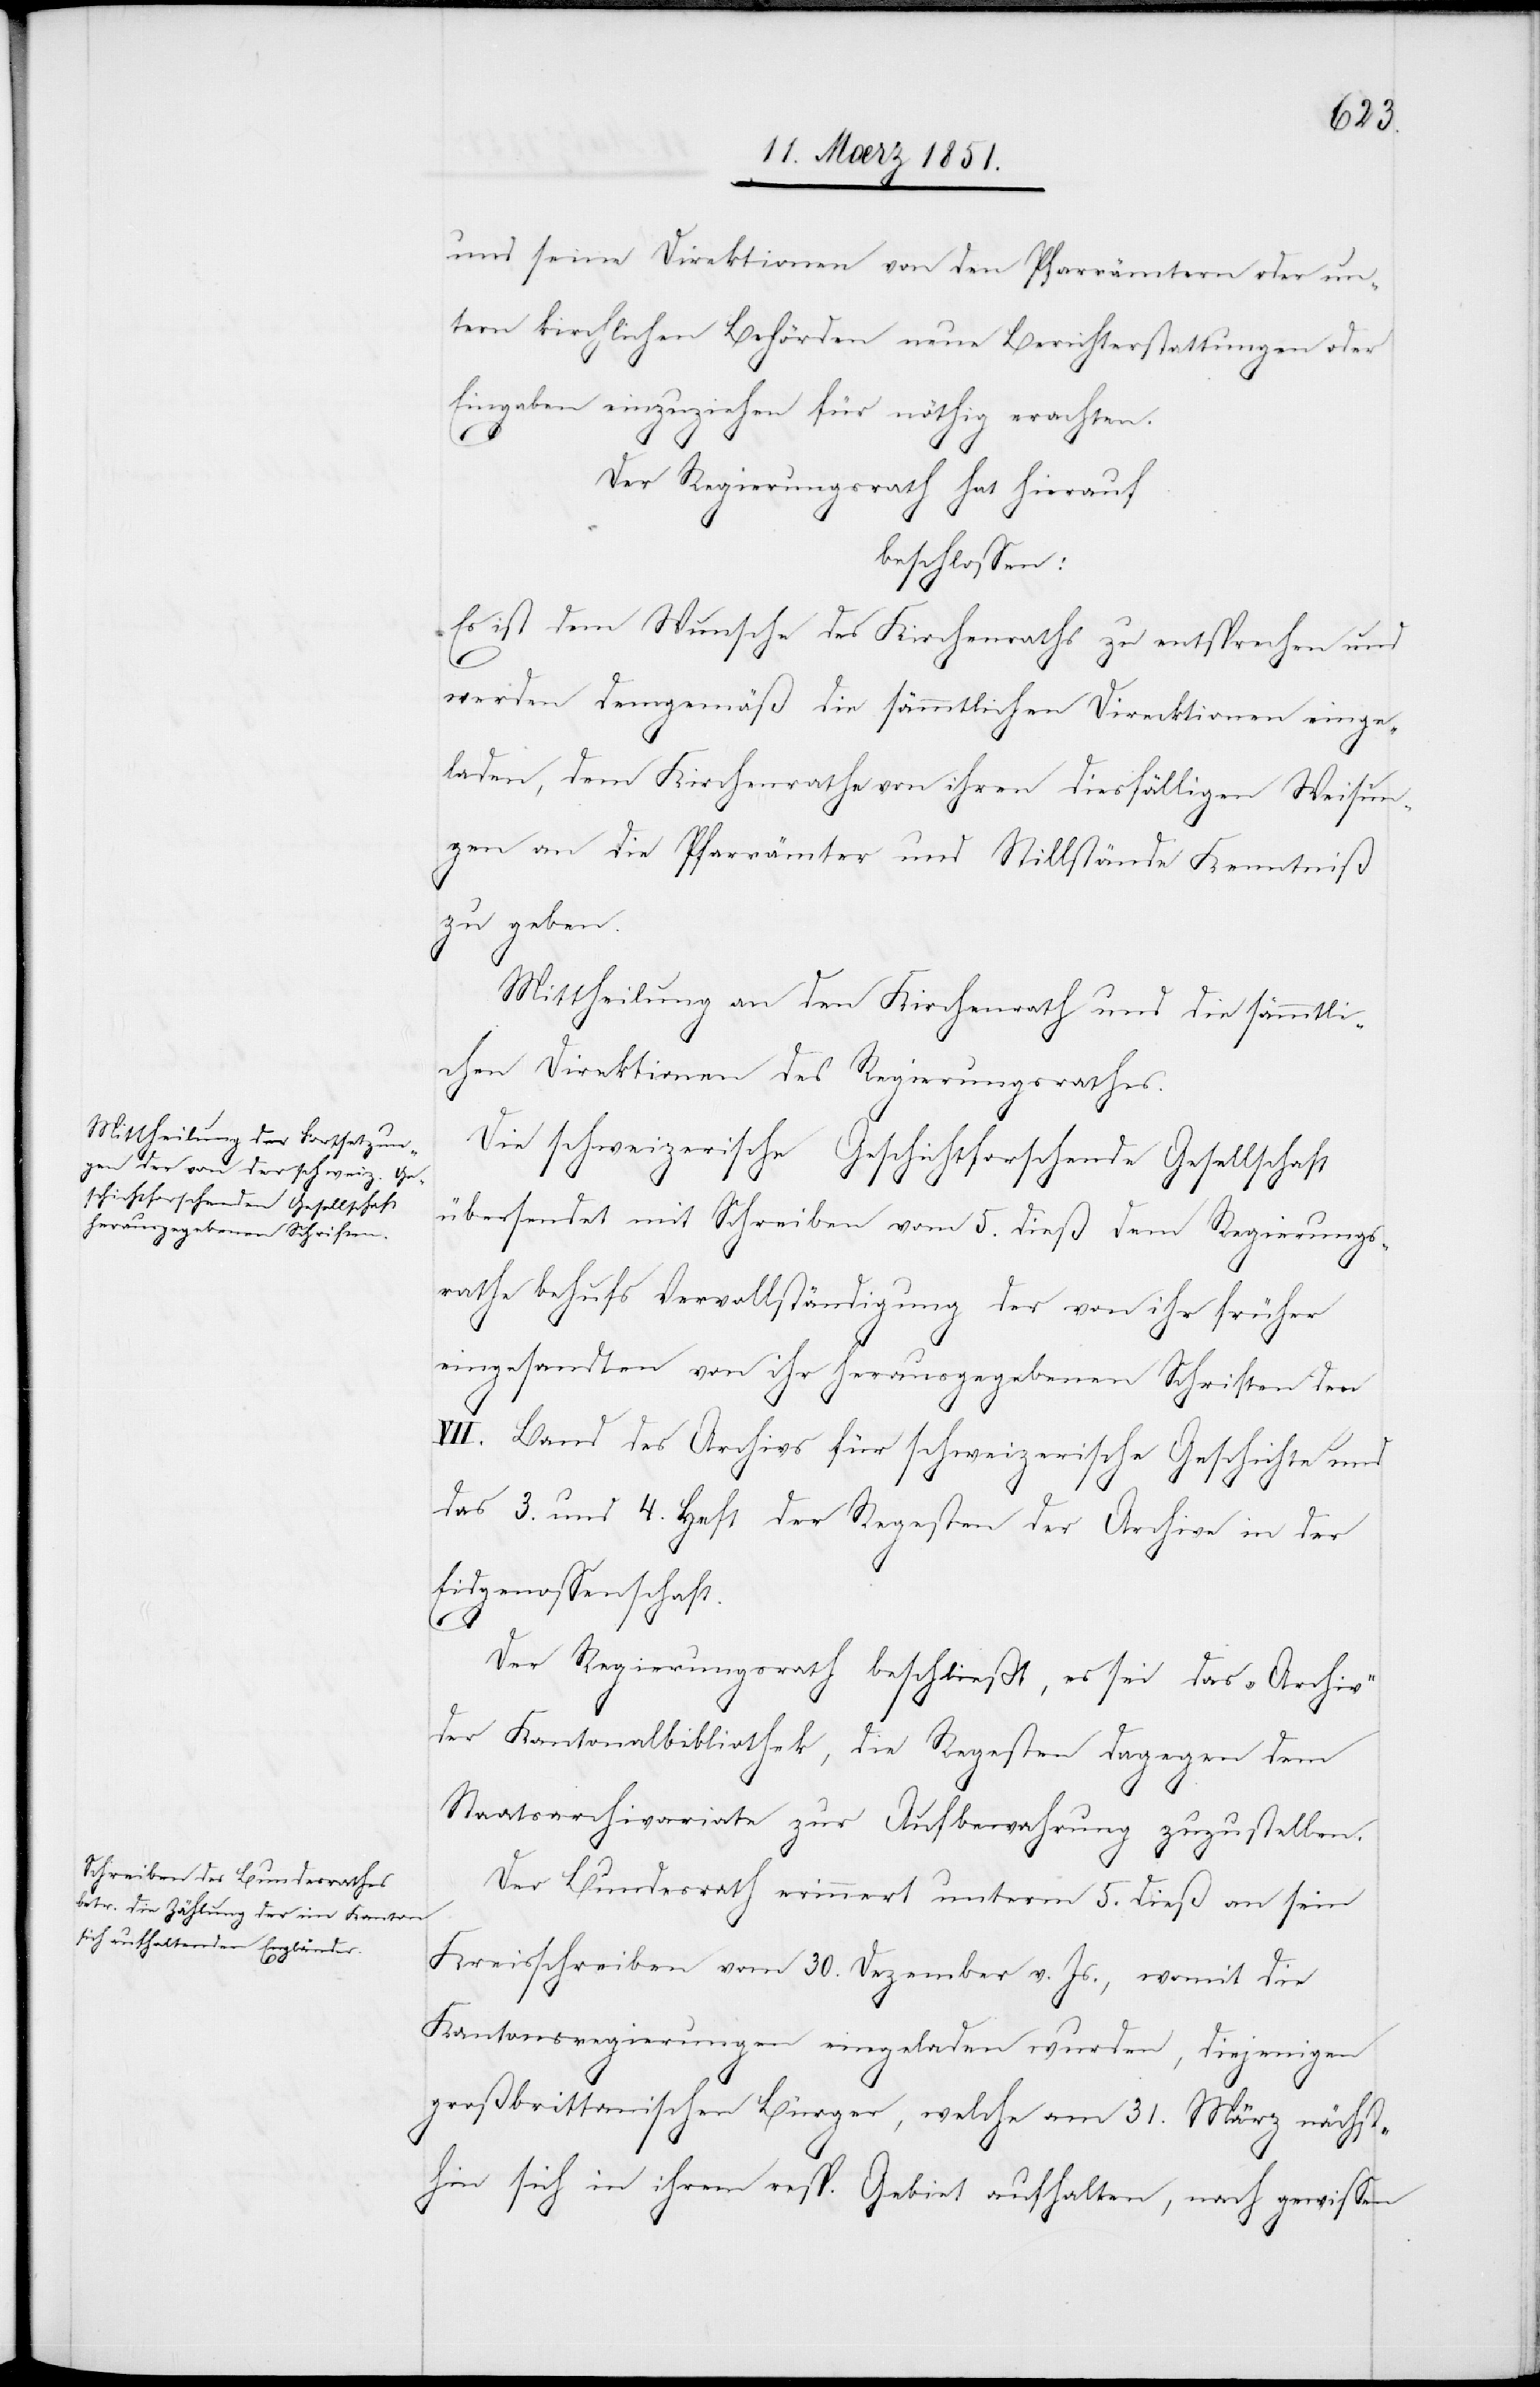
und seine Direktionen von den Pfarrämtern oder un¬
tern kirchlichen Behörden neue Berichterstattungen oder
Eingaben einzuziehen für nöthig erachten.
Der Regierungsrath hat hierauf
beschlossen:
Es ist dem Wunsche des Kirchenraths zu entsprechen und
werden demgemäß die sämmtlichen Direcktionen [sic!] einge¬
laden, dem Kirchenrathe von ihren diesfälligen Weisun¬
gen an die Pfarrämter und Stillstände Kenntniß
zu geben.
Mittheilung an den Kirchenrath und die sämmtli¬
chen Direktionen des Regierungsrathes.
Die schweizerische Geschichtforschende Gesellschaft
übersendet mit Schreiben vom 5. dieß dem Regierungs¬
rathe behufs Vervollständigung der von ihr früher
eingesandten von ihr herausgegebenen Schriften den
VII. Band des Archivs für schweizerische Geschichte und
das 3. und 4. Heft der Regesten der Archive in der
Eidgenossenschaft.
Der Regierungsrath beschließt, es sei das „Archiv“
der Kantonalbibliothek, die Regesten dagegen dem
Staatsarchivariate zur Aufbewahrung zuzustellen.
Der Bundesrath erinnert unterm 5. dieß an sein
Kreisschreiben vom 30. Dezember v. Js., womit die
Kantonsregierungen eingeladen wurden, diejenigen
großbrittanischen Bürger, welche am 31. März nächst¬
hin sich in ihrem resp. Gebiet aufhalten, nach gewissen